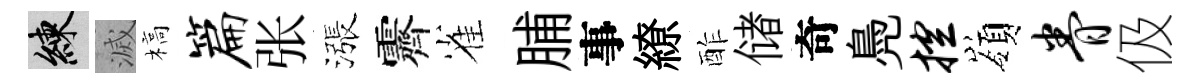
練滅槁篇张漲霽雀脯事繚酢储奇鳧控嶺眷伋